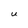
Character: U